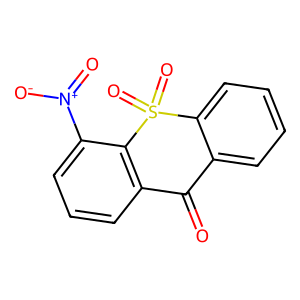
SMILES: O=C1c2ccccc2S(=O)(=O)c2c1cccc2[N+](=O)[O-]
Inhibits HIV replication: No